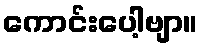
ကောင်းပေါ့ဗျာ။